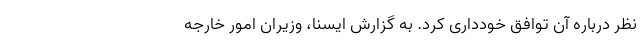
نظر درباره آن توافق خودداری کرد. به گزارش ایسنا، وزیران امور خارجه